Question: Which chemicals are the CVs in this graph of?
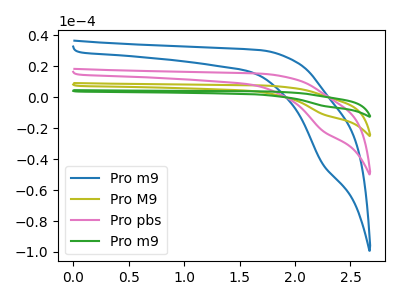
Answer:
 <answer>The blue curve is labeled "Pro m9". The olive curve is labeled "Pro M9". The pink curve is labeled "Pro pbs". The green curve is labeled "Pro m9".</answer>
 <eval></eval>